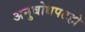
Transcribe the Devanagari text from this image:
अनुबोधपटही